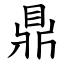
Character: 鼎